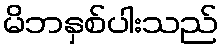
မိဘနှစ်ပါးသည်